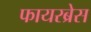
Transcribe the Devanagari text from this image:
फायरब्रेस